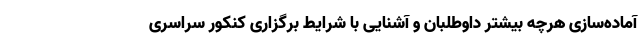
آماده­سازی هرچه بیشتر داوطلبان و آشنایی با شرایط برگزاری کنکور سراسری